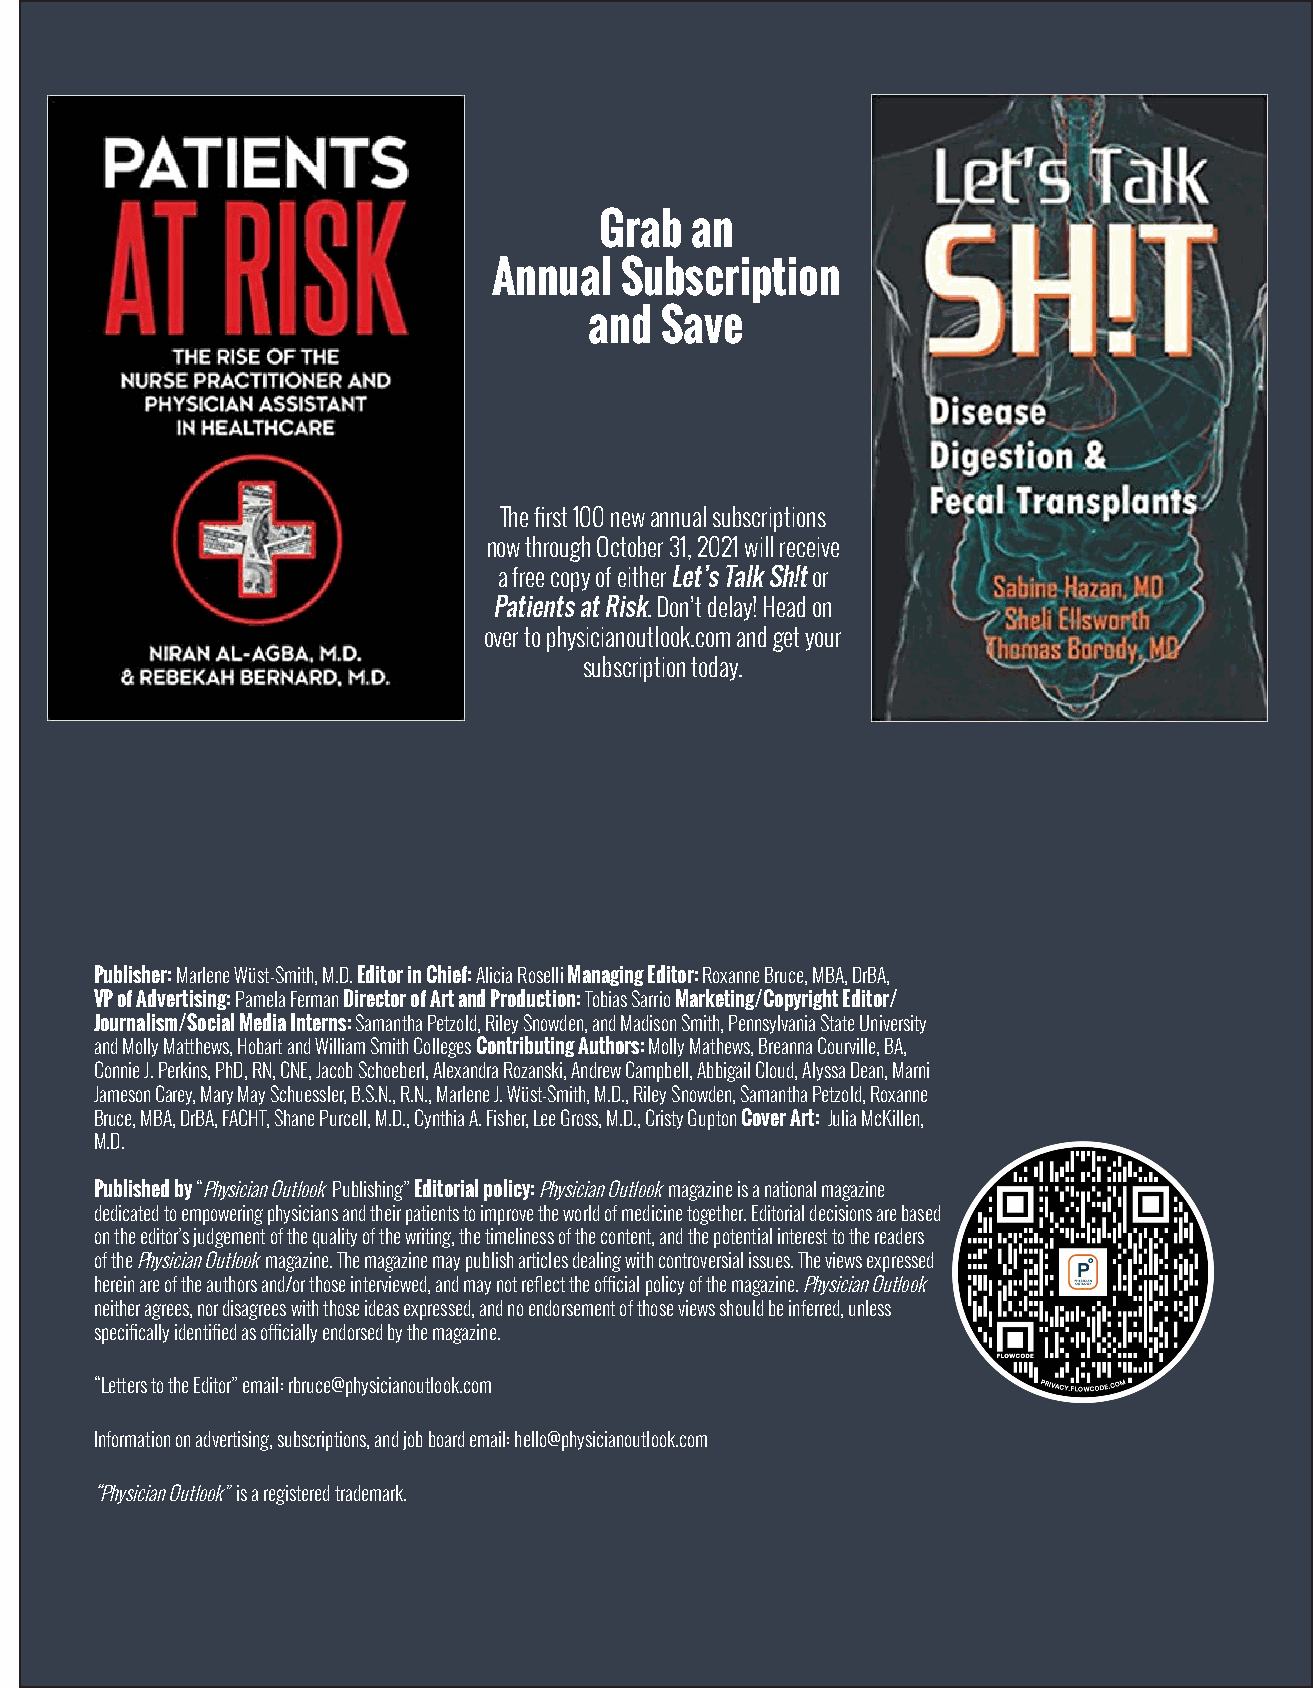
Grab  an
 Annual  Subscription
 and  Save
 The first 100 new annual subscriptions
 now through October 31, 2021 will receive
 a free copy of either Let’s Talk Sh!t or
 Patients at Risk. Don’t delay! Head on
 over to physicianoutlook.com and get your
 subscription today.
 Publisher: Marlene Wüst-Smith, M.D. Editor in Chief: Alicia Roselli Managing Editor: Roxanne Bruce, MBA, DrBA,
 VP of Advertising: Pamela Ferman Director of Art and Production: Tobias Sarrio Marketing/Copyright Editor/
 Journalism/Social Media Interns: Samantha Petzold, Riley Snowden, and Madison Smith, Pennsylvania State University
 and Molly Matthews, Hobart and William Smith Colleges Contributing Authors: Molly Mathews, Breanna Courville, BA,
 Connie J. Perkins, PhD, RN, CNE, Jacob Schoeberl, Alexandra Rozanski, Andrew Campbell, Abbigail Cloud, Alyssa Dean, Marni
 Jameson Carey, Mary May Schuessler, B.S.N., R.N., Marlene J. Wüst-Smith, M.D., Riley Snowden, Samantha Petzold, Roxanne
 Bruce, MBA, DrBA, FACHT, Shane Purcell, M.D., Cynthia A. Fisher, Lee Gross, M.D., Cristy Gupton Cover Art: Julia McKillen,
 M.D.
 Published by “Physician Outlook Publishing” Editorial policy: Physician Outlook magazine is a national magazine
 dedicated to empowering physicians and their patients to improve the world of medicine together. Editorial decisions are based
 on the editor’s judgement of the quality of the writing, the timeliness of the content, and the potential interest to the readers
 of the Physician Outlook magazine. The magazine may publish articles dealing with controversial issues. The views expressed
 herein are of the authors and/or those interviewed, and may not reflect the official policy of the magazine. Physician Outlook
 neither agrees, nor disagrees with those ideas expressed, and no endorsement of those views should be inferred, unless
 specifically identified as officially endorsed by the magazine.
 “Letters to the Editor” email: rbruce@physicianoutlook.com
 Information on advertising, subscriptions, and job board email: hello@physicianoutlook.com
 “Physician Outlook” is a registered trademark.
 WWW.PHYSICIANOUTLOOK.COM | 39